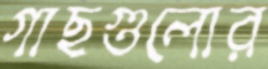
গাছগুলোর